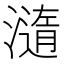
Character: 㵦